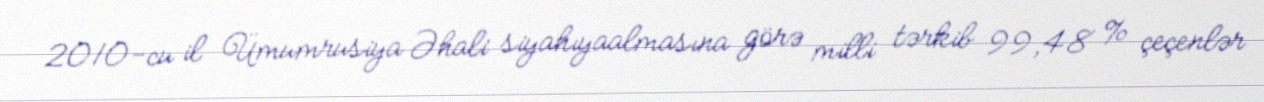
2010-cu il Ümumrusiya Əhali siyahıyaalmasına görə milli tərkib 99,48 % çeçenlər